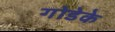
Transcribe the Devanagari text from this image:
गोडेके